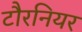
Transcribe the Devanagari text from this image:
टौरनियर